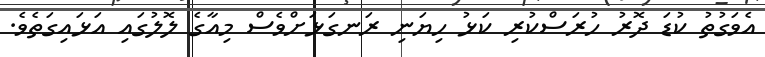
އެވަގުތު ކުޑަ ދޮރު ހުރަސްކުރި ކަޅު ހިޔަނި ރަނގަޅަށްވެސް މިއާގެ ލޮލުގައި އަޅައިގަތެވެ.